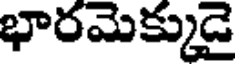
భారమెక్కుడై